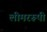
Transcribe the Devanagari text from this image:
लीमररूपी